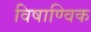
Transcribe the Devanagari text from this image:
विषाण्विक